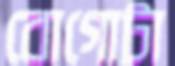
বোগোটা